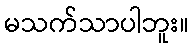
မသက်သာပါဘူး။